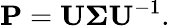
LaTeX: \mathbf{P}=\mathbf{U\Sigma U}^{-1}.